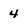
Character: 4